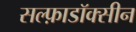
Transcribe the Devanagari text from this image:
सल्फ़ाडॉक्सीन